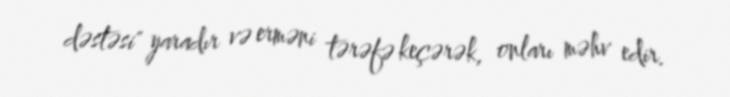
dəstəsi" yaradır və erməni tərəfə keçərək, onları məhv edir.